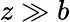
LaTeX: z\gg b